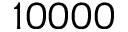
1 0 0 0 0